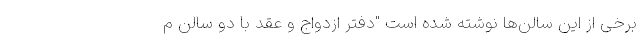
برخی از این سالن‌ها نوشته شده است "دفتر ازدواج و عقد با دو سالن م